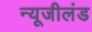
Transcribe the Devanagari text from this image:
न्यूजीलंड